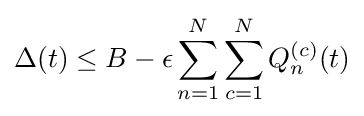
\Delta (t)\leq B-\epsilon \sum _{n=1}^{N}\sum _{c=1}^{N}Q_{n}^{(c)}(t)